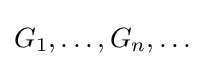
G_{1},\ldots ,G_{n},\ldots